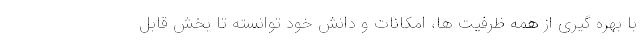
با بهره گیری از همه ظرفیت ها، امکانات و دانش خود توانسته تا بخش قابل